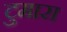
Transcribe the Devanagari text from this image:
टुमारा